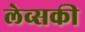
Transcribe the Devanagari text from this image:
लेव्‍सकी